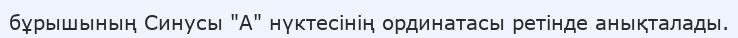
бұрышының Синусы "A" нүктесінің ординатасы ретінде анықталады.